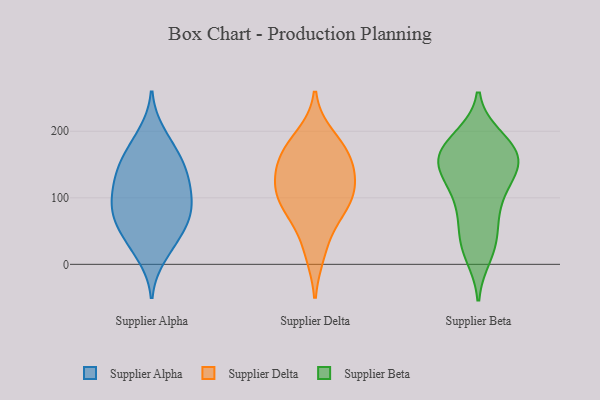
{"axis": {"x": "Satisfaction Score", "y": "Value"}, "legend": ["Supplier Alpha", "Supplier Beta", "Supplier Delta"], "data": [{"x": "", "y": 181, "type": "Supplier Alpha"}, {"x": "", "y": 153, "type": "Supplier Alpha"}, {"x": "", "y": 145, "type": "Supplier Alpha"}, {"x": "", "y": 103, "type": "Supplier Alpha"}, {"x": "", "y": 134, "type": "Supplier Alpha"}, {"x": "", "y": 92, "type": "Supplier Alpha"}, {"x": "", "y": 79, "type": "Supplier Alpha"}, {"x": "", "y": 62, "type": "Supplier Alpha"}, {"x": "", "y": 82, "type": "Supplier Alpha"}, {"x": "", "y": 160, "type": "Supplier Alpha"}, {"x": "", "y": 83, "type": "Supplier Alpha"}, {"x": "", "y": 12, "type": "Supplier Alpha"}, {"x": "", "y": 197, "type": "Supplier Alpha"}, {"x": "", "y": 50, "type": "Supplier Alpha"}, {"x": "", "y": 123, "type": "Supplier Alpha"}, {"x": "", "y": 27, "type": "Supplier Alpha"}, {"x": "", "y": 121, "type": "Supplier Alpha"}, {"x": "", "y": 48, "type": "Supplier Alpha"}, {"x": "", "y": 162, "type": "Supplier Delta"}, {"x": "", "y": 89, "type": "Supplier Delta"}, {"x": "", "y": 17, "type": "Supplier Delta"}, {"x": "", "y": 125, "type": "Supplier Delta"}, {"x": "", "y": 101, "type": "Supplier Delta"}, {"x": "", "y": 126, "type": "Supplier Delta"}, {"x": "", "y": 192, "type": "Supplier Delta"}, {"x": "", "y": 63, "type": "Supplier Delta"}, {"x": "", "y": 168, "type": "Supplier Delta"}, {"x": "", "y": 100, "type": "Supplier Delta"}, {"x": "", "y": 159, "type": "Supplier Delta"}, {"x": "", "y": 162, "type": "Supplier Beta"}, {"x": "", "y": 79, "type": "Supplier Beta"}, {"x": "", "y": 179, "type": "Supplier Beta"}, {"x": "", "y": 52, "type": "Supplier Beta"}, {"x": "", "y": 163, "type": "Supplier Beta"}, {"x": "", "y": 183, "type": "Supplier Beta"}, {"x": "", "y": 190, "type": "Supplier Beta"}, {"x": "", "y": 158, "type": "Supplier Beta"}, {"x": "", "y": 135, "type": "Supplier Beta"}, {"x": "", "y": 94, "type": "Supplier Beta"}, {"x": "", "y": 143, "type": "Supplier Beta"}, {"x": "", "y": 142, "type": "Supplier Beta"}, {"x": "", "y": 133, "type": "Supplier Beta"}, {"x": "", "y": 169, "type": "Supplier Beta"}, {"x": "", "y": 25, "type": "Supplier Beta"}, {"x": "", "y": 35, "type": "Supplier Beta"}, {"x": "", "y": 101, "type": "Supplier Beta"}, {"x": "", "y": 14, "type": "Supplier Beta"}]}